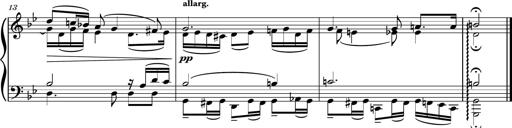
Title: Piano Sonatina No.4
Composer: Dimitri Sykias
Key: D major